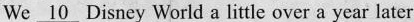
We \underline{10} Disney World a little over a year later